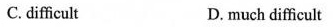
C.difficult D. much difficult